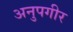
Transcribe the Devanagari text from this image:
अनुपगीर